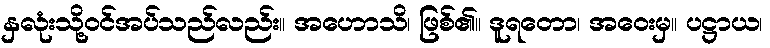
နှလုံးသို့ဝင်အပ်သည်လည်း။ အဟောသိ၊ ဖြစ်၏။ ဒူရတော၊ အဝေးမှ။ ပဋ္ဌာယ၊